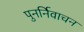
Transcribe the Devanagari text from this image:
पुनर्निवाचन